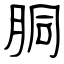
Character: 胴